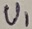
Text: V1